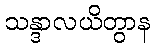
သန္ဒာလယိတွာန